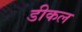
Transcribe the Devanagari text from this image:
डीकल